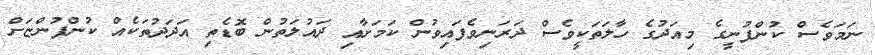
ނަމަވެސް ކުންފުނީގެ މިއަދުގެ ހާލަތަކީވެސް ދަރަނިވެފައިވުން ކަމަށާއި ދައުލަތުން ބޮޑެތި އަދަދުތަކެއް ކުންފުންޏަށް